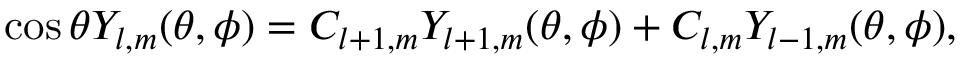
\cos { \theta } Y _ { l , m } ( \theta , \phi ) = C _ { l + 1 , m } Y _ { l + 1 , m } ( \theta , \phi ) + C _ { l , m } Y _ { l - 1 , m } ( \theta , \phi ) ,